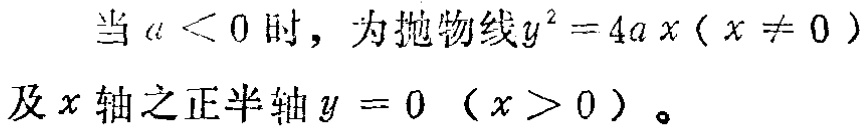
当\(a < 0\)时，为抛物线\(y^{2}=4ax(x\neq 0)\)及\(x\)轴之正半轴\(y = 0\ (x > 0)\)。